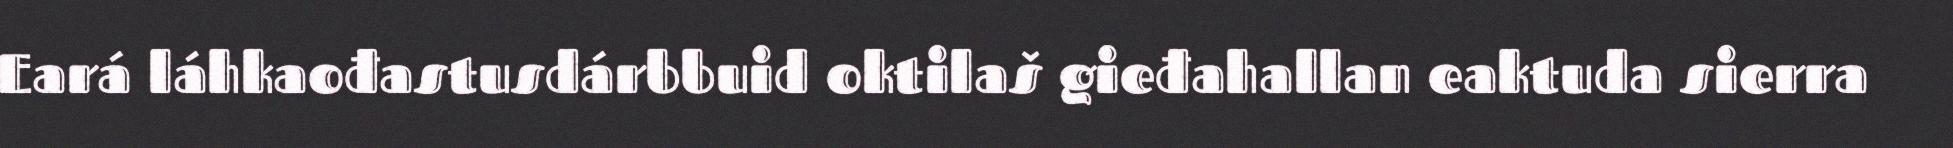
Eará láhkaođastusdárbbuid oktilaš gieđahallan eaktuda sierra